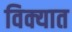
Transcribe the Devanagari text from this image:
विक्यात